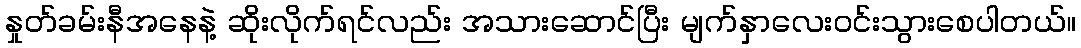
နှုတ်ခမ်းနီအနေနဲ့ ဆိုးလိုက်ရင်လည်း အသားဆောင်ပြီး မျက်နှာလေးဝင်းသွားစေပါတယ်။